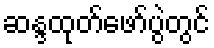
ဆန္ဒထုတ်ဖော်ပွဲတွင်